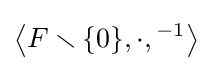
\left\langle F\smallsetminus \{0\},\cdot ,{}^{-1}\right\rangle